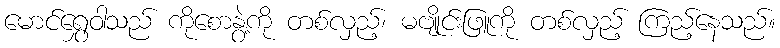
မောင်ရွှေဝါသည် ကိုစောနွဲ့ကို တစ်လှည့်၊ မဗျိုင်းဖြူကို တစ်လှည့် ကြည့်နေသည်။